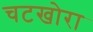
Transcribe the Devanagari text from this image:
चटखोरा